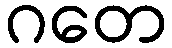
ဂတေ